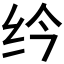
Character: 𫄛